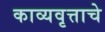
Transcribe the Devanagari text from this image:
काव्यवृत्ताचे